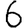
Digit: 6